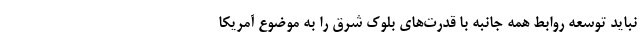
نباید توسعه روابط همه جانبه با قدرت‌های بلوک شرق را به موضوع آمریکا